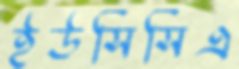
ইউসিসিএ